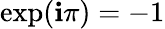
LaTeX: \exp(\mathbf{i}\pi)=-1